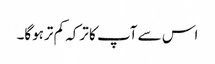
اس سے آپ کا ترکہ کم ترہوگا۔